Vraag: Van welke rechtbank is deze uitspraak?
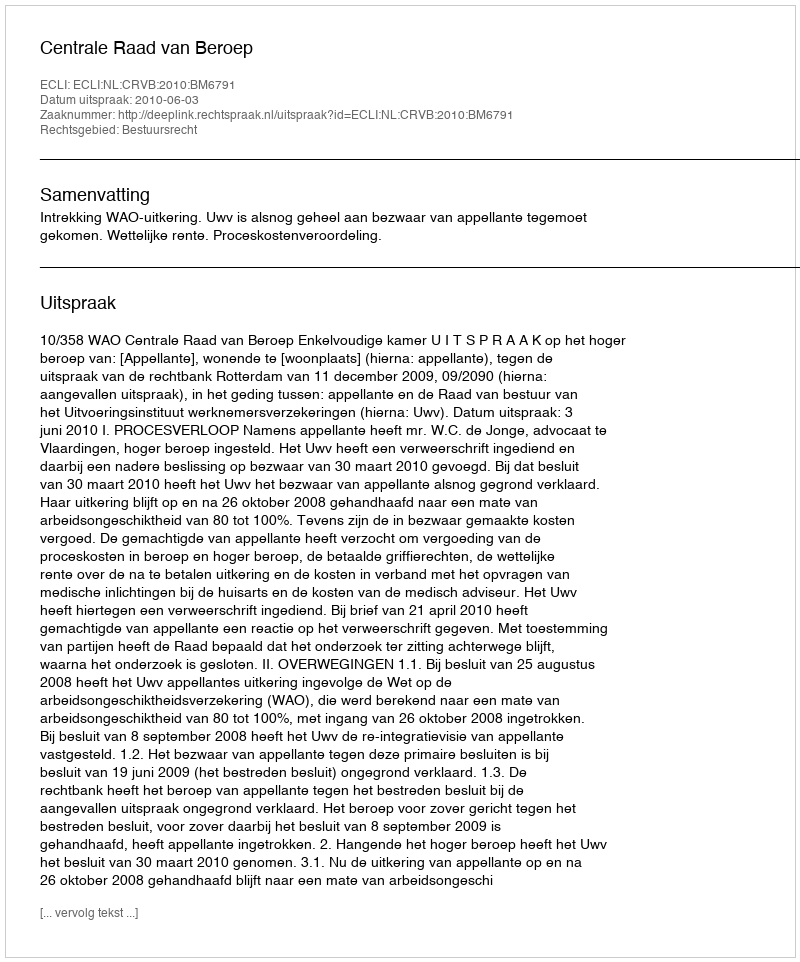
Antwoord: Centrale Raad van Beroep